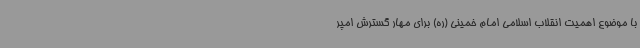
با موضوع اهمیت انقلاب اسلامی امام خمینی (ره) برای مهار گسترش امپر